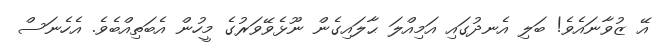
އޭ ޒުވާނައެވެ! ބަލި އެނދުގައި އަމިއްލަ ޙާލައިގެން ނޫޅެވޭވަރުގެ މީހުން އެބަތިއްބެވެ. އެހެނަސް